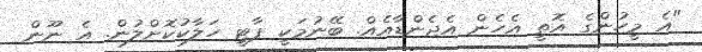
"އެ މީހުންގެ އޮތީ އެހެން އެޖެންޑާއެއް. ބޭނުމަކީ ޕާޓީ ހަލާކުކޮށްލުން. އެ ނޫން